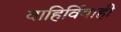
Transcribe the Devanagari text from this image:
वाहिर्विवाही